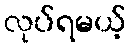
လုပ်ရမယ့်